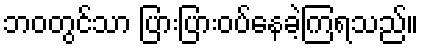
ဘဝတွင်သာ ပြားပြားဝပ်နေခဲ့ကြရသည်။